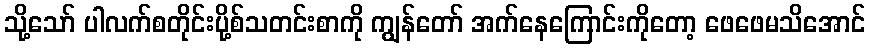
သို့သော် ပါလက်စတိုင်းပို့စ်သတင်းစာကို ကျွန်တော် အက်နေကြောင်းကိုတော့ ဖေဖေမသိအောင်